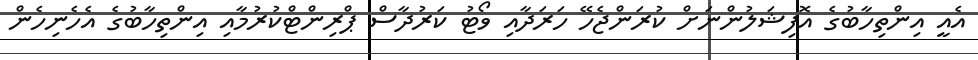
އެއީ އިންތިހާބުގެ އޮފިޝަލުންނަށް ކުރަންޖެހޭ ހަރަދާއި ވޯޓު ކަރުދާސް ޕްރިންޓްކުރުމާއި އިންތިހާބުގެ އެހެނިހެން